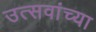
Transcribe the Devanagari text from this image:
उत्सवांच्या